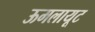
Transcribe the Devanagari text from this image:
ऊमलायूट